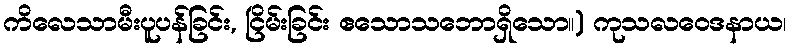
ကိလေသာမီးပူပန်ခြင်း, ငြိမ်းခြင်း ဧသောသဘောရှိသော။) ကုသလဝေဒနာယ၊